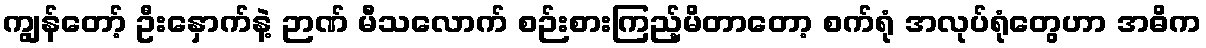
ကျွန်တော့် ဦးနှောက်နဲ့ ဉာဏ် မီသလောက် စဉ်းစားကြည့်မိတာတော့ စက်ရုံ အလုပ်ရုံတွေဟာ အဓိက